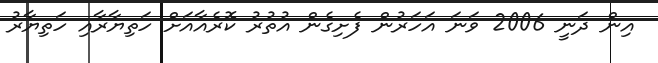
އިން ދަނީ 2006 ވަނަ އަހަރުން ފެށިގެން އުތުރު ކޮރެއާއަށް ހަތިޔާރާއި ހަތިޔާރު